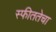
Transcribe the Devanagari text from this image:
स्फीततेचा